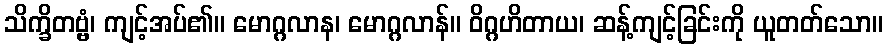
သိက္ခိတဗ္ဗံ၊ ကျင့်အပ်၏။ မောဂ္ဂလာန၊ မောဂ္ဂလာန်။ ဝိဂ္ဂဟိတာယ၊ ဆန့်ကျင့်ခြင်းကို ယူတတ်သော။